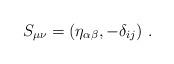
LaTeX: \begin{align*}S_{\mu \nu} = ( \eta_{\alpha \beta} , - \delta_{ij} )~. \end{align*}